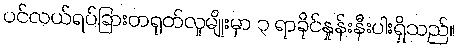
ပင်လယ်ရပ်ခြားတရုတ်လူမျိုးမှာ ၃ ရာခိုင်နှုန်းနီးပါးရှိသည်။